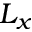
L _ { x }